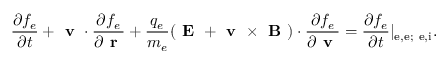
\frac { \partial f _ { e } } { \partial t } + \textbf { v } \cdot \frac { \partial f _ { e } } { \partial \textbf { r } } + \frac { q _ { e } } { m _ { e } } ( \textbf { E } + { \textbf { v } \times \textbf { B } } ) \cdot \frac { \partial f _ { e } } { \partial \textbf { v } } = \frac { \partial f _ { e } } { \partial t } | _ { \mathrm { e , e ; ~ e , i } } .